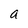
Character: a